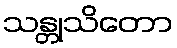
သန္တုသိတော